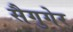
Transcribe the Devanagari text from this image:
सैगुगेर